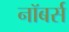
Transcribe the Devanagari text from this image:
नॉबर्स